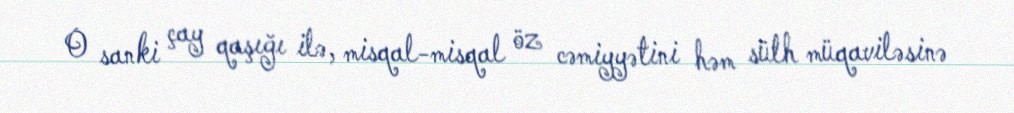
O sanki çay qaşığı ilə, misqal-misqal öz cəmiyyətini həm sülh müqaviləsinə